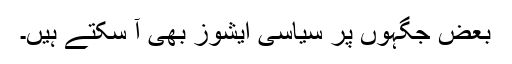
بعض جگہوں پر سیاسی ایشوز بھی آ سکتے ہیں۔